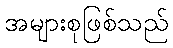
အများစုဖြစ်သည်